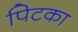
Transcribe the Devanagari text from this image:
पिटका